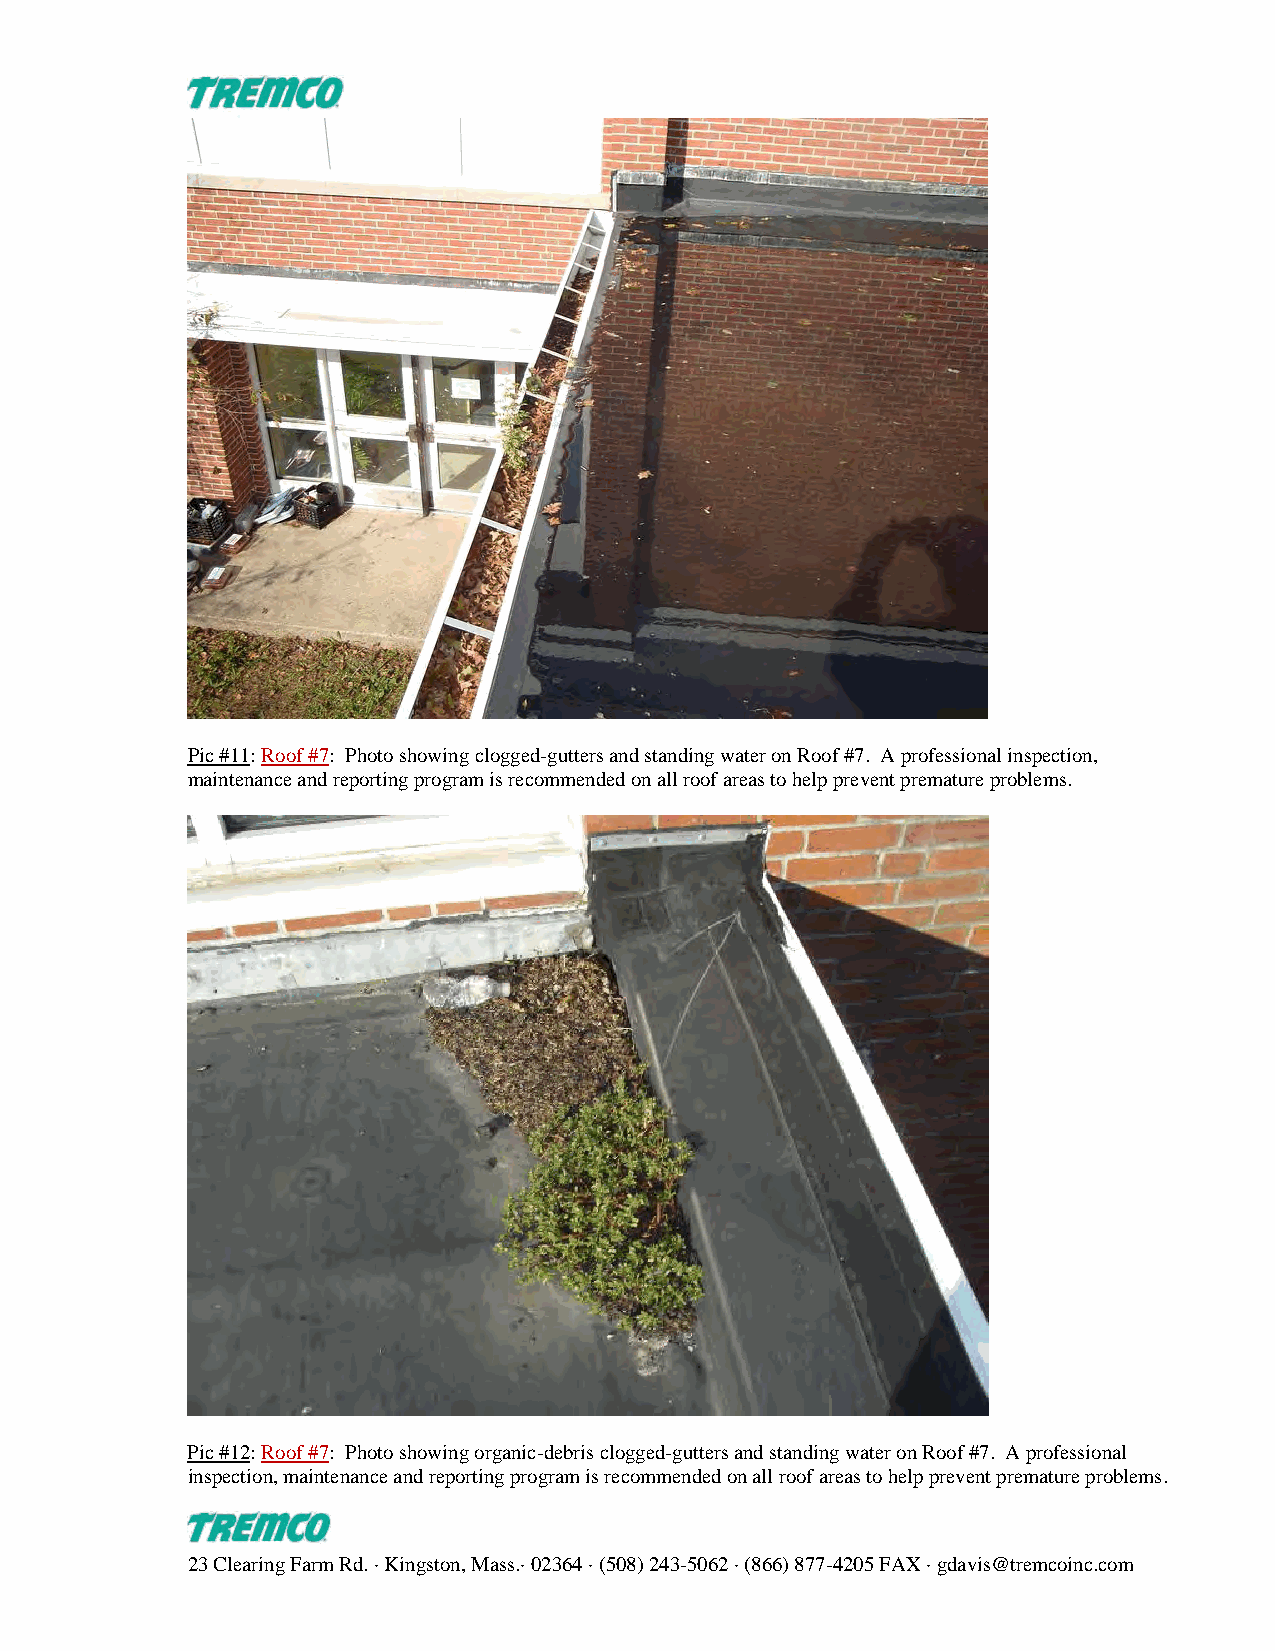
Pic #11: Roof #7: Photo showing clogged-gutters and standing water on Roof #7. A professional inspection,
 maintenance and reporting program is recommended on all roof areas to help prevent premature problems.
 Pic #12: Roof #7: Photo showing organic-debris clogged-gutters and standing water on Roof #7. A professional
 inspection, maintenance and reporting program is recommended on all roof areas to help prevent premature problems.
 23 Clearing Farm Rd. · Kingston, Mass.· 02364 · (508) 243-5062 · (866) 877-4205 FAX · gdavis@tremcoinc.com